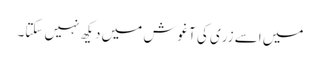
میں اسے زری کی آغوش میں دیکھ نہیں سکتا۔